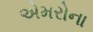
એમરોના